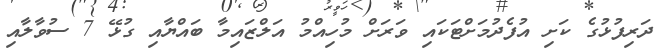
ދަރިފުޅުގެ ކަށި އުފެދުމަށްޓަކައި ވަރަށް މުހިއްމު އަލްޒައިމާ ބައްޔާއި ގުޅޭ 7 ސުވާލާއި